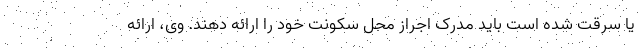
یا سرقت شده است باید مدرک اجراز محل سکونت خود را ارائه دهند. وی، ارائه